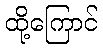
ထို့ကြောင်